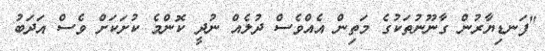
"ފަނޑިޔާރުން ގާނޫނުތަކުގެ މަތިން އެއްވެސް ދުލެއް ނުދީ ކޮންމެ ކުށަކަށް ވެސް އަދަބު